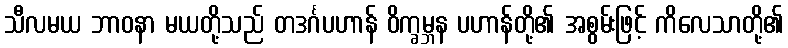
သီလမယ ဘာဝနာ မယတို့သည် တဒင်္ဂပဟာန် ဝိက္ခမ္ဘန ပဟာန်တို့၏ အစွမ်းဖြင့် ကိလေသာတို့၏